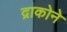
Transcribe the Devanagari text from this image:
द्राकोने